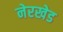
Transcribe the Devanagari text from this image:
नेरखेड